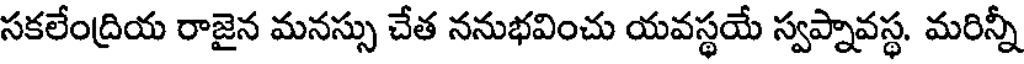
సకలేంద్రియ రాజైన మనస్సు చేత ననుభవించు యవస్థయే స్వప్నావస్థ. మరిన్నీ